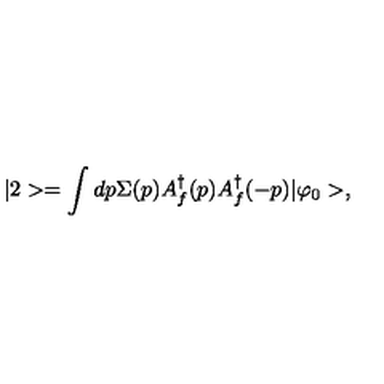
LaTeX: | 2 > = \int d p \Sigma ( p ) A _ { f } ^ { \dagger } ( p ) A _ { f } ^ { \dagger } ( - p ) | \varphi _ { 0 } > ,